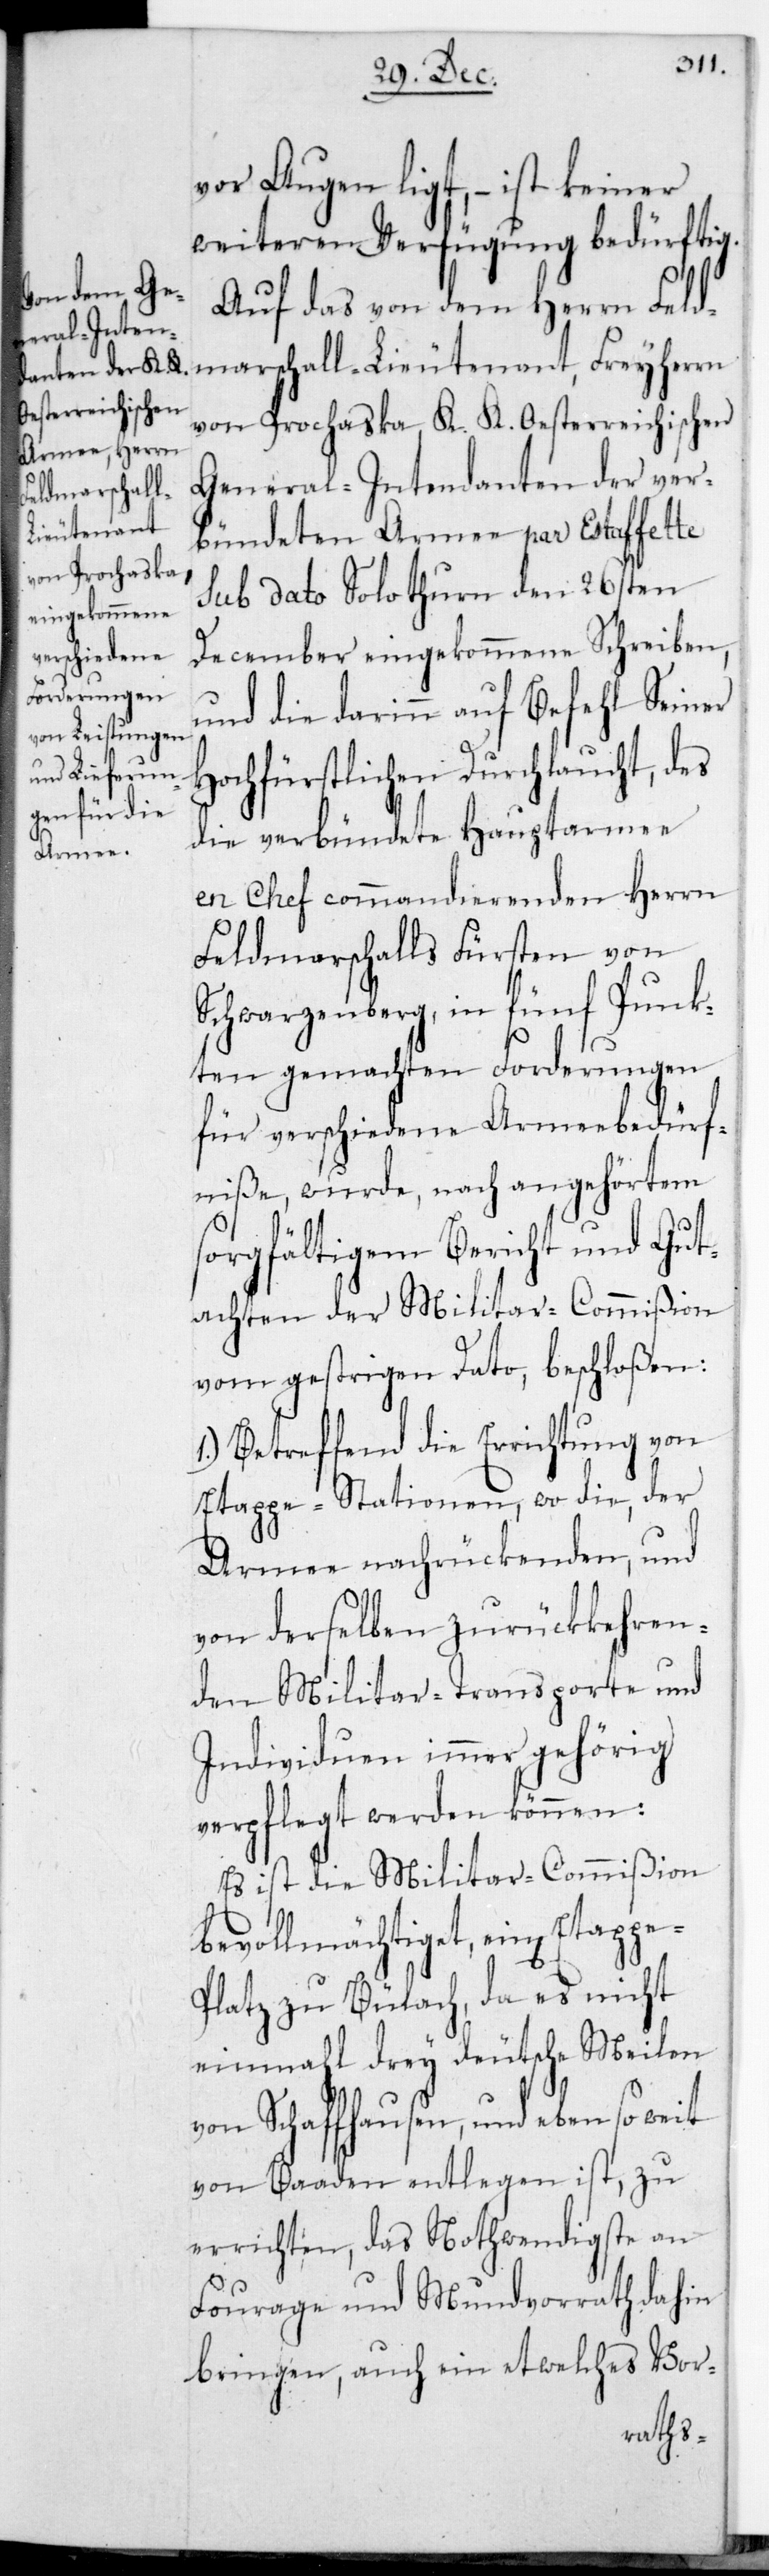
vor Augen ligt, – ist keiner
weiteren Verfügung bedürftig.
1.)
Auf das von dem Herrn Feld¬
marschall-Lieutenant, Freyherrn
von Prochaska, K. K. Oesterreichischen
General-Intendanten der ver¬
bündeten Armee par Estaffette
sub dato Solothurn den 26sten
December eingekommene Schreiben,
und die darin auf Befehl Seiner
Hochfürstlichen Durchlaucht, des
die verbündete Hauptarmee
en Chef commandierenden Herrn
Feldmarschalls Fürsten von
Schwarzenberg, in fünf Punk¬
ten gemachten Forderungen
für verschiedene Armeebedürf¬
niße, wurde nach angehörtem
sorgfältigem Bericht und Gut¬
achten der Militar-Commißion
vom gestrigen dato, beschloßen:
Betreffend die Errichtung von
Etappe-Stationen, wo die der
Armee nachrückenden und
von derselben zurückkehren¬
den Militartransporte und
Individuen immer gehörig
verpflegt werden können:
Es ist die Militar-Commißion
bevollmächtiget, einen Etappe¬
platz zu Bülach, da es nicht
einmal drey deutsche Meilen
von Schaffhausen, und ebenso weit
von Baaden entlegen ist, zu
errichten, das Nothwendigste an
Fourrage und Mundvorrath dahin
bringen, auch ein etwelches Vor-